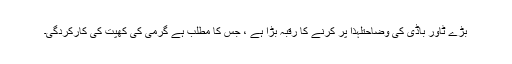
بڑے ٹاور باڈی کی وضاحتلہذا پُر کرنے کا رقبہ بڑا ہے ، جس کا مطلب ہے گرمی کی کھپت کی کارکردگی۔